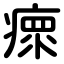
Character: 瘝